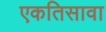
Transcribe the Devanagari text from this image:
एकतिसावा